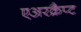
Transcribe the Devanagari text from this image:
एअरक्रैप्ट